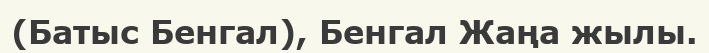
(Батыс Бенгал), Бенгал Жаңа жылы.